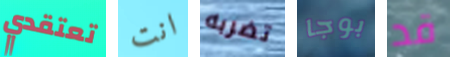
تعتقدي انت تضربه بوجا قد